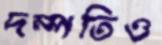
দম্পতিও